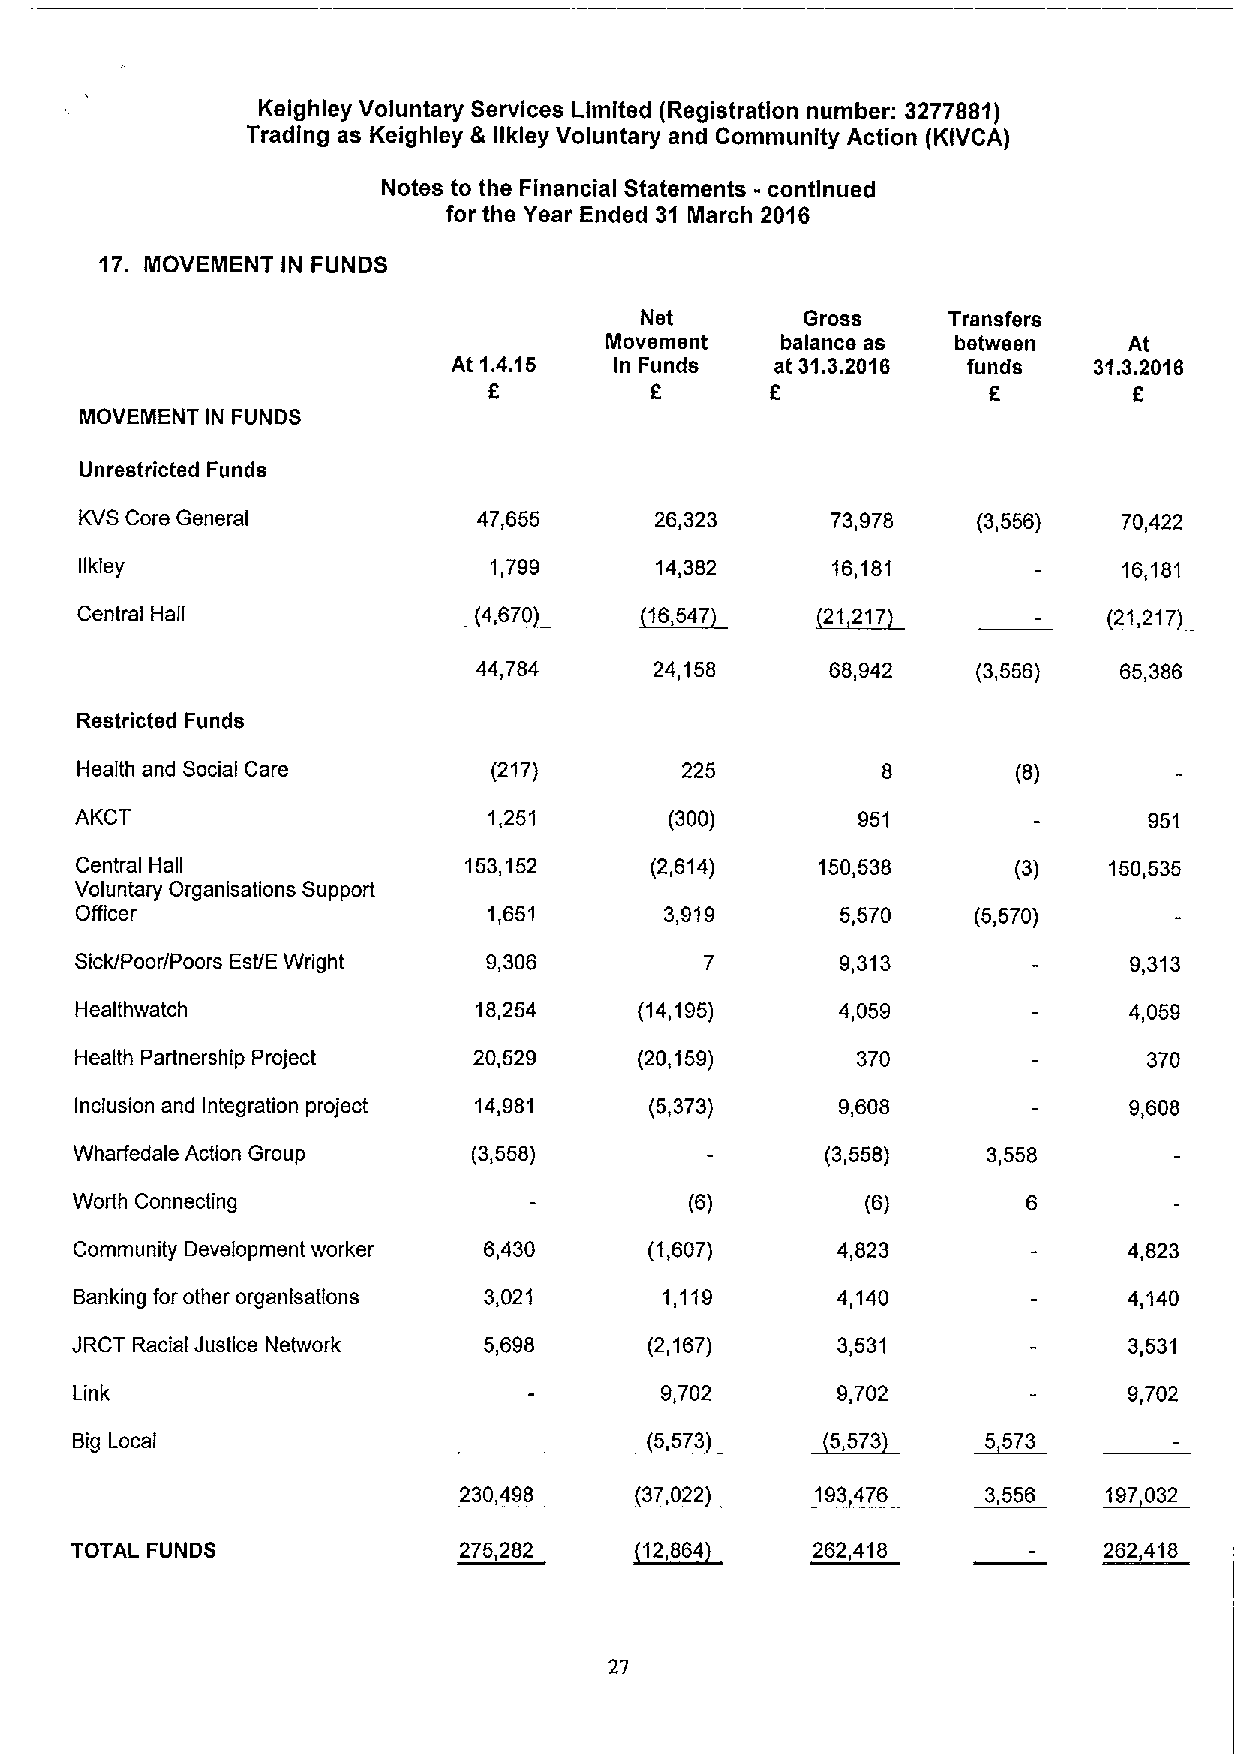
Keighley Voluntary Services Limited (Registration number: 3277881)
 Trading as Keighley & llkley Voluntary and Community Action (KIVCA)
 Notes to the Financial Statements - continued
 for the Year Ended 31 March 2016
 17. MOVEMENT IN FUNDS
 Net        Gross     Transfers
 Movement    balance as between     At
 At 1.4.15  In Funds  at 31.3.2016 funds   31.3.2018
 5          8       8             8         6
 MOVEMENT IN FUNDS
 Unrestricted Funds
 KVS Core General           47,655     26,323      73,978    (3,556)  70,422
 llkley                     1,799      14,382      16,181             16,181
 Central Hall               4,670      16,547     21 217             ~21,217
 44,784     24,158      68,942    (3,556)  65,386
 Restricted Funds
 Health and Social Care      (217)       225                   (8)
 AKCT                       1,251       (300)        951                951
 Central Hall              153,152     (2,614)    150,538      (3)   150,535
 Voluntary Organisations Support
 Officer                    1,651       3,919       5,570    (5,570)
 Sick/Poor/Poors Est/E Wright 9,306                 9,313              9,313
 Healthwatch               18,254     (14,195)      4,059              4,059
 Health Partnership Project 20,529    (20,159)       370                370
 Inclusion and Integration project 14,981 (5,373)   9,608              9,608
 Wharfedale Action Group   (3,558)                 (3,558)   3,558
 Worth Connecting                         (6)        (6)
 Community Development worker 6,430    (1,607)     4,823               4,823
 Banking for other organlsations 3,021  1,119      4,140               4,140
 JRCT Racial Justice Network 5,698     (2,167)     3,531               3,531
 Link                                   9,702      9,702               9,702
 Big Local                             5,573       5573     ~5573
 230,498      37,022     193476     3,556   ~197032
 TOTAL FUNDS              275,282      12,864     262,418            262,418
 27